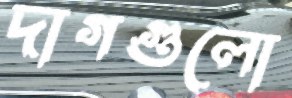
দাগগুলো